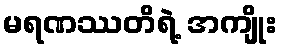
မရဏဿတိရဲ့ အကျိုး